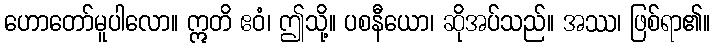
ဟောတော်မူပါလော။ ဣတိ ဧဝံ၊ ဤသို့။ ပစနီယော၊ ဆိုအပ်သည်။ အဿ၊ ဖြစ်ရာ၏။